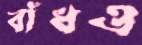
বাঁধও